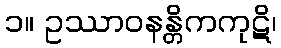
၁။ ဥဿာဝနန္တိကကုဋိ၊